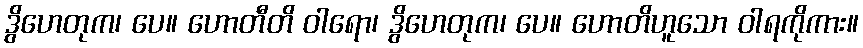
ဒွိဟေတုက၊ ပေ။ ဟောတီတိ ဝါရော၊ ဒွိဟေတုက၊ ပေ။ ဟောတိဟူသော ဝါရကိုကား။